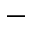
-